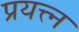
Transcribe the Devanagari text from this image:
प्रयत्त्न